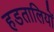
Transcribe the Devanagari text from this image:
हडतालियों